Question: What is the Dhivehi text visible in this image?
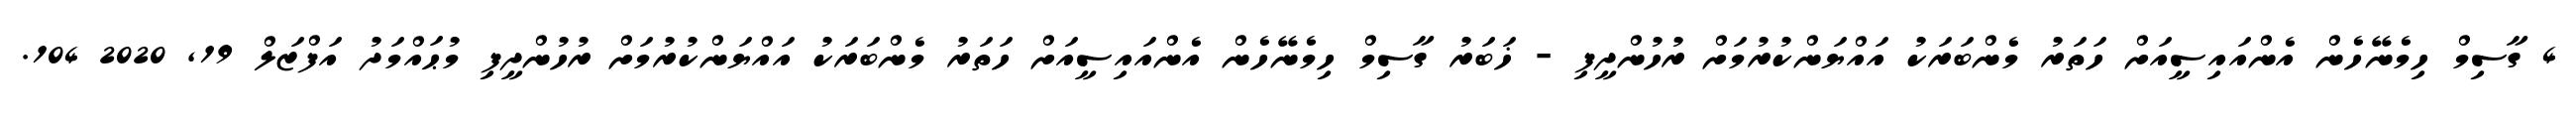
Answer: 4 ގާސިމް ހިމެނޭހެން އެންއައިސީއަށް ހަތަރު މެންބަރަކު އައްޔަންކުރުމަށް ރުހުންދީފި - ޚަބަރު ގާސިމް ހިމެނޭހެން އެންއައިސީއަށް ހަތަރު މެންބަރަކު އައްޔަންކުރުމަށް ރުހުންދީފި މުޙައްމަދު އަފްޒަލް 19, 2020 104.